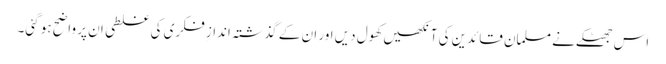
اس جھٹکے نے مسلمان قائدین کی آنکھیں کھول دیں اور ان کے گذشتہ اندازِ فکری کی غلطی ان پر واضح ہو گئی۔